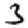
Digit: 3